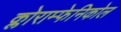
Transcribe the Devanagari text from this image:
क्लोराम्फेनिकोल